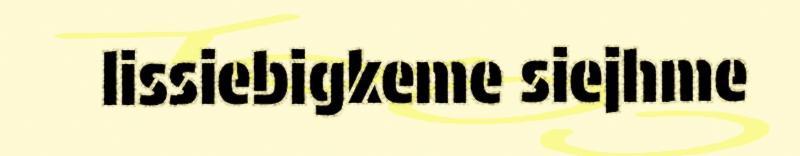
lissiebigkeme siejhme